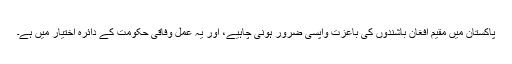
پاکستان میں مقیم افغان باشندوں کی باعزت واپسی ضرور ہونی چاہیے، اور یہ عمل وفاقی حکومت کے دائرۂ اختیار میں ہے۔